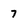
Character: 7